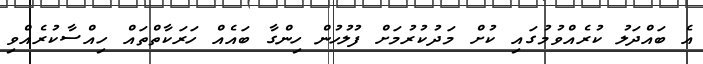
އެ ބައްދަލު ކުރެއްވުމުގައި ކުށް މަދުކުރުމަށް ފުލުހުން ހިންގާ ބައެއް ހަރަކާތްތައް ހިއްސާކުރެއްވި